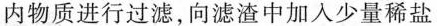
内物质进行过滤，向滤渣中加入少量稀盐